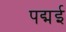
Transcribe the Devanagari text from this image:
पद्मई